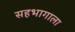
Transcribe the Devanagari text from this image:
सहभागाला